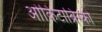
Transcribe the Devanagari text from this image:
ओकिटाब्रिस्की